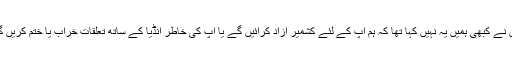
انہوں نے کبھی ہمیں یہ نہیں کہا تھا کہ ہم آپ کے لئے کشمیر آزاد کرائیں گے یا آپ کی خاطر انڈیا کے ساتھ تعلقات خراب یا ختم کریں گے ۔